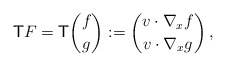
\begin{align*} \mathsf{T} F = \mathsf{T}\binom{f}{g}:=\binom{v\cdot\nabla_x f}{v\cdot\nabla_x g}\,,\end{align*}